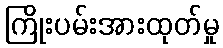
ကြိုးပမ်းအားထုတ်မှု